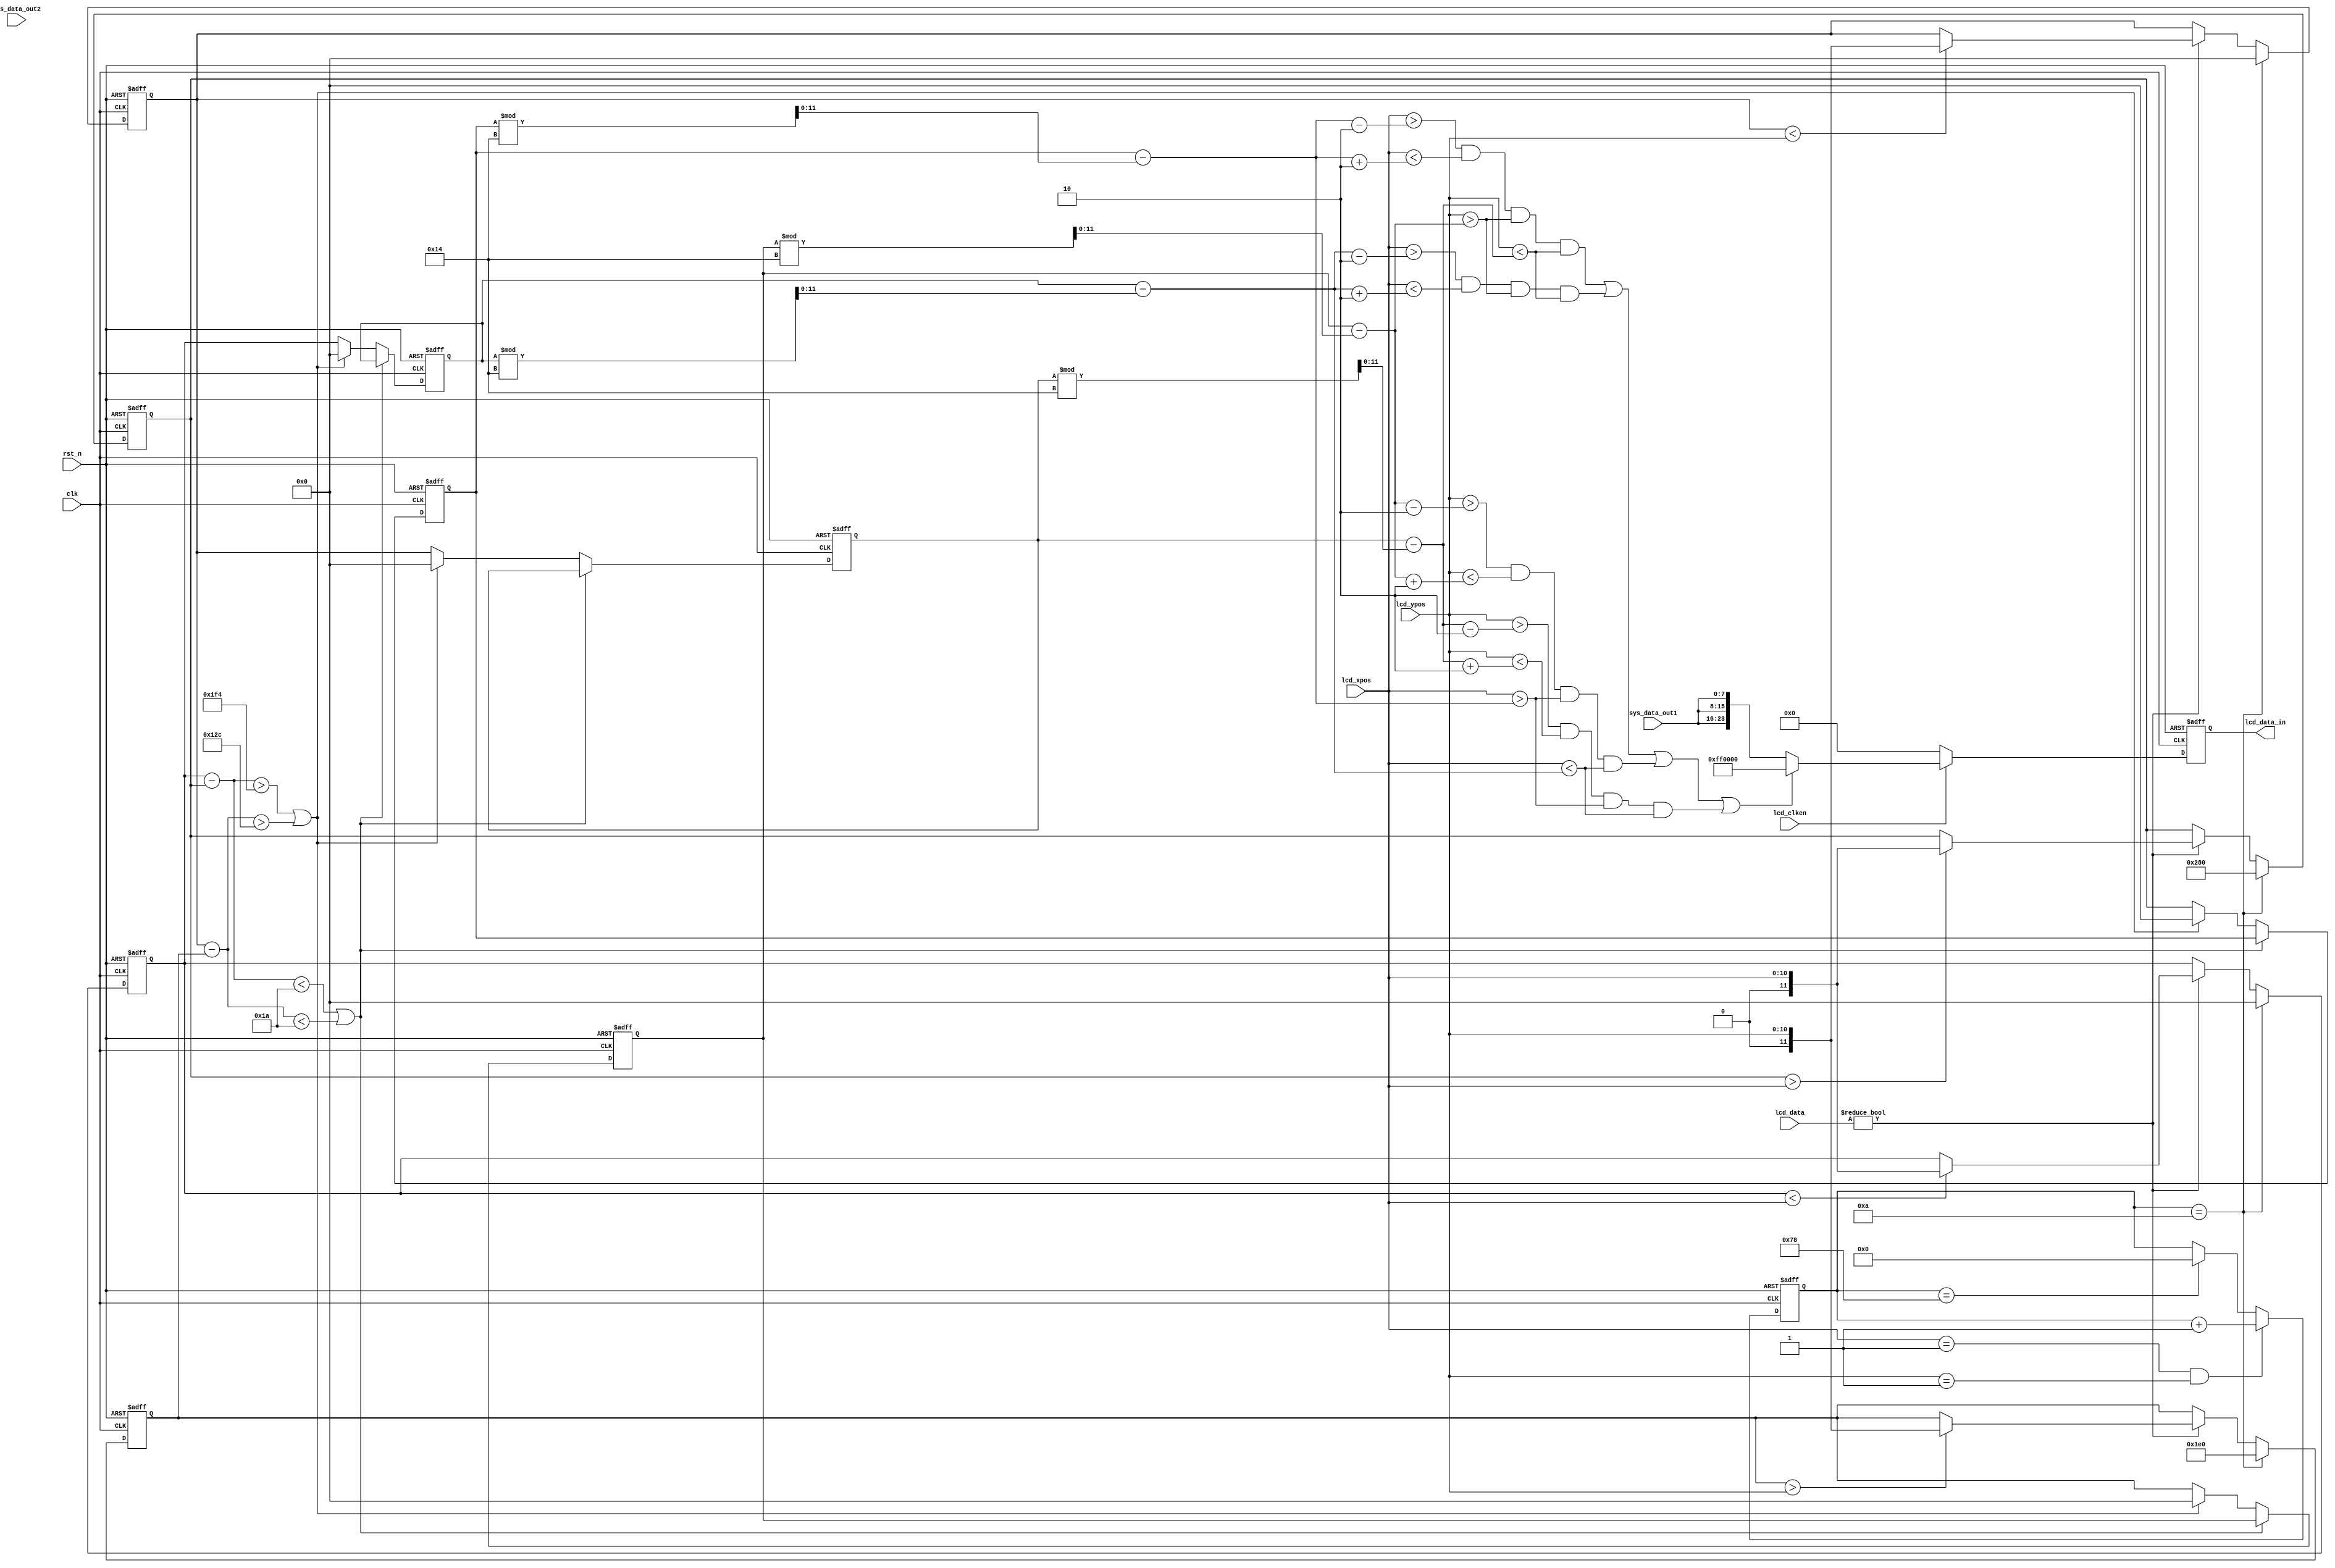
module mark(
    input           		clk,
    input           		rst_n,
    input   	[10:0]  	lcd_xpos,
    input   	[10:0]  	lcd_ypos,
    input   	[7:0]   	sys_data_out1,
    input   	[7:0]   	sys_data_out2,
	 input		[7:0]		lcd_data,
	 input					lcd_clken,

    output reg [23:0]	lcd_data_in
);


reg [7:0]	frame_cnt;
always@(posedge clk or negedge rst_n)
begin 
	if(!rst_n)
		frame_cnt <= 8'b0;
	else if(lcd_xpos ==1'b1 && lcd_ypos == 1'b1)
			frame_cnt <= frame_cnt + 1'b1;
	else if(frame_cnt == 8'd120)
		frame_cnt <= 8'b0;
	else 
		frame_cnt <= frame_cnt;
end 

reg [11:0]	xpos_max;
reg [11:0]	xpos_min;
reg [11:0]	ypos_max;
reg [11:0]	ypos_min;
always@(posedge clk or negedge rst_n)
begin 	
	if(!rst_n)
		begin 
		xpos_max <= 11'd0;
		xpos_min <= 11'd640;
		ypos_max <= 11'd0;
		ypos_min <= 11'd480;
		end 
	else if(frame_cnt == 8'd10)
		begin 
		xpos_max <= 11'd0;
		xpos_min <= 11'd640;
		ypos_max <= 11'd0;
		ypos_min <= 11'd480;
		end
	else 
		begin 
		if(lcd_data)
			begin 
			if(xpos_max < lcd_xpos)
				xpos_max <= lcd_xpos;
			if(xpos_min >lcd_xpos)
				xpos_min <= lcd_xpos;
			if(ypos_max < lcd_ypos)
				ypos_max <= lcd_ypos;
			if(ypos_min >lcd_ypos)
				ypos_min <= lcd_ypos;
			end 
		end 
end
reg [11:0]	xpos_max_r;
reg [11:0]	xpos_min_r;
reg [11:0]	ypos_max_r;
reg [11:0]	ypos_min_r;
always@(posedge clk or negedge rst_n)
begin 
	if(!rst_n)
		begin 
		xpos_max_r <= 12'b0;
		xpos_min_r <= 12'b0;
		ypos_max_r <= 12'b0;
		ypos_min_r <= 12'b0;
		end 
	else if((xpos_max - xpos_min < 12'd26)  || (ypos_max - ypos_min < 12'd26) )
		begin 
		xpos_max_r <= xpos_max_r;
		xpos_min_r <= xpos_min_r;
		ypos_max_r <= ypos_max_r;
		ypos_min_r <= ypos_min_r;
		end 
	else if((xpos_max - xpos_min > 12'd500) || (ypos_max - ypos_min > 12'd300))
		begin 
		xpos_max_r <= 12'b0;
		xpos_min_r <= 12'b0;
		ypos_max_r <= 12'b0;
		ypos_min_r <= 12'b0;
		end 
	else
		begin 
		xpos_max_r <= xpos_max;
		xpos_min_r <= xpos_min;
		ypos_max_r <= ypos_max;
		ypos_min_r <= ypos_min;
		end 
end 
wire [11:0] x1;
wire [11:0] x2;
wire [11:0] y1;
wire [11:0] y2;

assign x1 = xpos_min_r - xpos_min_r % 20;
assign x2 = xpos_max_r - xpos_max_r % 20;
assign y1 = ypos_min_r - ypos_min_r % 20;
assign y2 = ypos_max_r - ypos_max_r % 20;

wire	[5:0] width;

assign width = 6'd2;

always@(posedge clk or negedge rst_n)		
begin
	if(!rst_n)
		lcd_data_in <= 0;
	else if(lcd_clken == 1'b1)
		begin 
		if( (lcd_xpos >  x1 - width && lcd_xpos <  x1 + width && lcd_ypos > y1 && lcd_ypos < y2) ||
			 (lcd_xpos >  x2 - width && lcd_xpos <  x2 + width && lcd_ypos > y1 && lcd_ypos < y2) ||
			 (lcd_ypos >  y1 - width && lcd_ypos <  y1 + width && lcd_xpos > x1 && lcd_xpos < x2) ||
			 (lcd_ypos >  y2 - width && lcd_ypos <  y2 + width && lcd_xpos > x1 && lcd_xpos < x2)
			)
			lcd_data_in <= {8'd255,8'b0,8'b0};
		else 
			lcd_data_in <= {sys_data_out1,sys_data_out1,sys_data_out1};
		end 
	else
		lcd_data_in <= 24'd0;	
end

endmodule